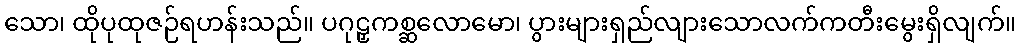
သော၊ ထိုပုထုဇဉ်ရဟန်းသည်။ ပဂုဠှကစ္ဆလောမော၊ ပွားများရှည်လျားသောလက်ကတီးမွေးရှိလျက်။